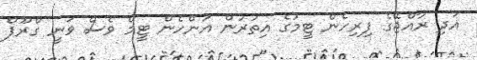
އަދި ރާއްޖޭގެ ފިރިހެން ޓީމުގެ އިތުރުން އަންހެން ޓީމް ވެސް ވަނީ ގްރޫޕް